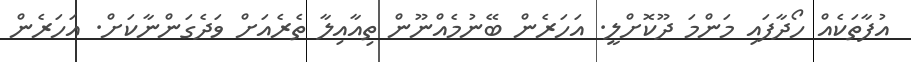
އުފާތަކެއް ހޯދާފައި މަންމަ ދޫކޮށްލީ. އަހަރެން ބޭނުމެއްނޫން ތިއާއިލާ ތެރެއަށް ވަދެގަންނާކަށް. އަހަރެން